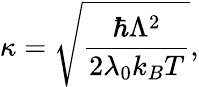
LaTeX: \kappa=\sqrt{\frac{\hbar\Lambda^{2}}{2\lambda_{0}k_{B}T}},